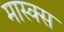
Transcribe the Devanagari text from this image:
मास्क्स